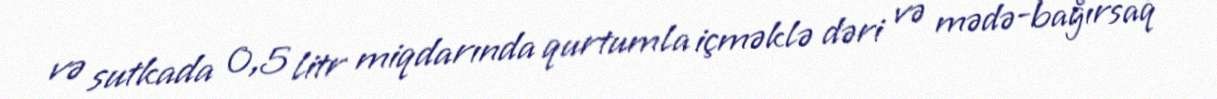
və sutkada 0,5 litr miqdarında qurtumla içməklə dəri və mədə-bağırsaq